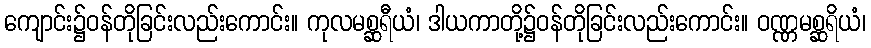
ကျောင်း၌ဝန်တိုခြင်းလည်းကောင်း။ ကုလမစ္ဆရီယံ၊ ဒါယကာတို့၌ဝန်တိုခြင်းလည်းကောင်း။ ဝဏ္ဏမစ္ဆရိယံ၊